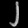
Digit: ၂